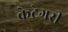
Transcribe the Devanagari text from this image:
केटेगरी